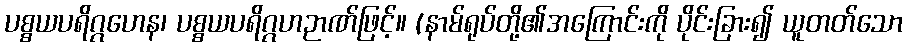
ပစ္စယပရိဂ္ဂဟေန၊ ပစ္စယပရိဂ္ဂဟဉာဏ်ဖြင့်။ (နာမ်ရုပ်တို့၏အကြောင်းကို ပိုင်းခြား၍ ယူတတ်သော